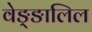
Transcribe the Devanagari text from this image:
वेङ्ङालिल